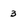
Character: 3